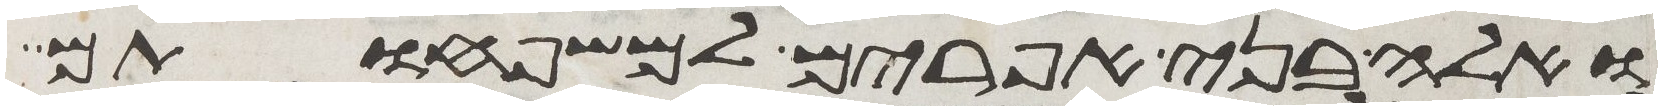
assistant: ואלה בני אפרים למשפחותם